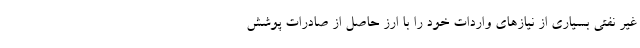
غیر نفتی بسیاری از نیاز‌های واردات خود را با ارز حاصل از صادرات پوشش